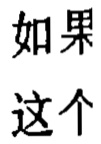
如果 这个